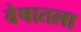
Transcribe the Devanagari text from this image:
वेषातला